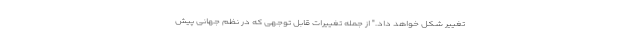
تغییر شکل خواهد داد." از جمله تغییرات قابل توجهی که در نظم جهانی پیش